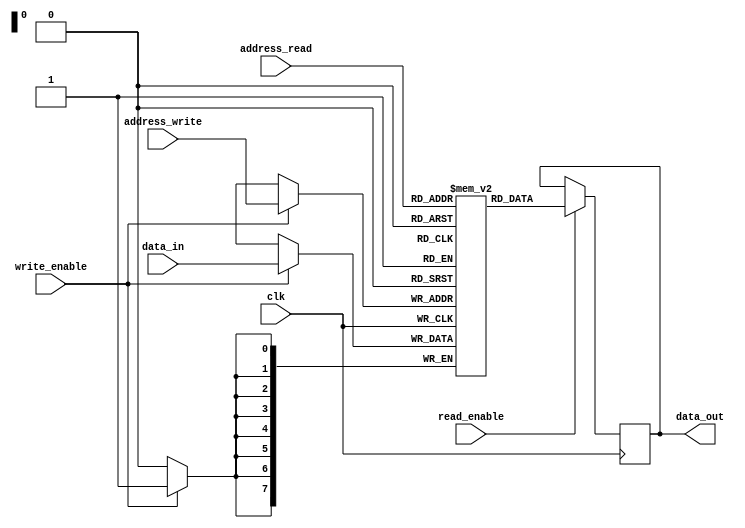
module DualPortRAM (
    input clk,
    input [7:0] data_in,
    input [7:0] address_write,
    input [7:0] address_read,
    input write_enable,
    input read_enable,
    output reg [7:0] data_out
);

reg [7:0] memory [0:255];

always @(posedge clk) begin
    if (write_enable) begin
        memory[address_write] <= data_in;
    end
    if (read_enable) begin
        data_out <= memory[address_read];
    end
end

endmodule